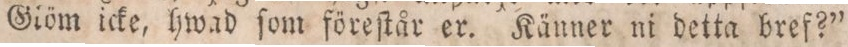
Giöm icke, hwad ſom föreſtår er. Känner ni detta bref?”